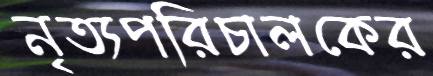
নৃত্যপরিচালকের